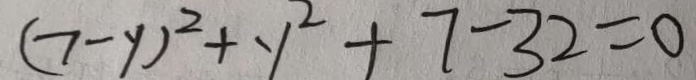
( 7 - y ) ^ { 2 } + y ^ { 2 } + 7 - 3 2 = 0